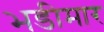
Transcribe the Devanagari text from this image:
भडीमार